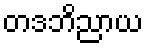
တဒဘိညာယ